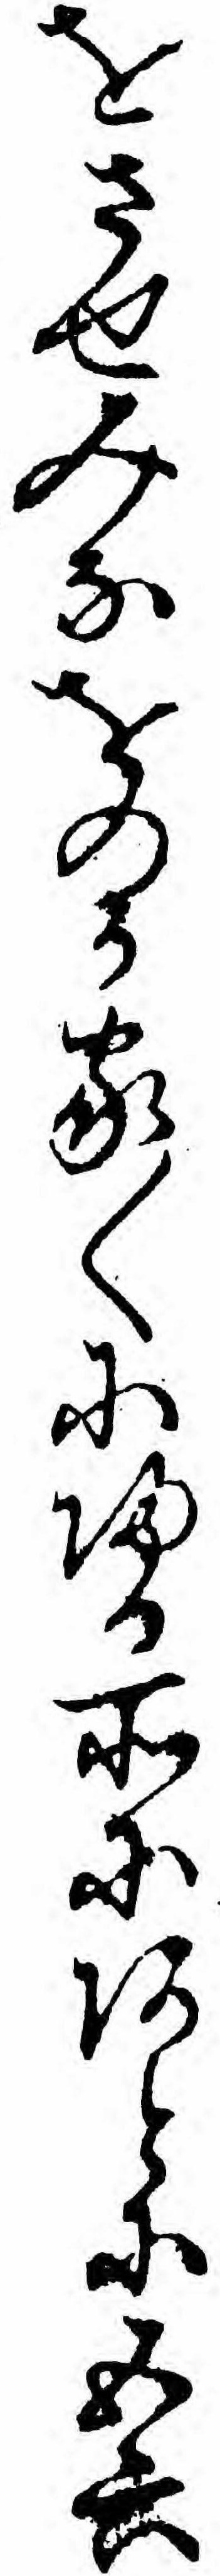
をさせみなをのか家〱に帰る所にあとに五六